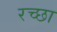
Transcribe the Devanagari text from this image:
रच्छा